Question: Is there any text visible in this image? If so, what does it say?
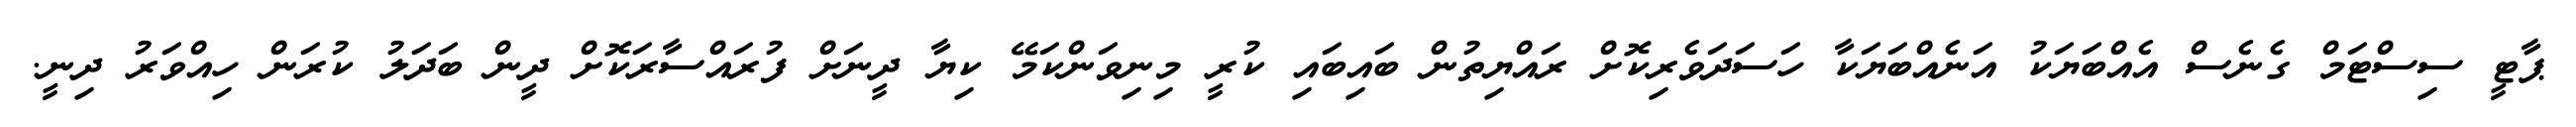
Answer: ޕާޓީ ސިސްޓަމް ގެނެސް އެއްބަޔަކު އަނެއްބަޔަކާ ހަސަދަވެރިކޮށް ރައްޔިތުން ބައިބައި ކުރީ މިނިވަންކަމޭ ކިޔާ ދީނަށް ފުރައްސާރަކޮށް ދީން ބަދަލު ކުރަން ހިއްވަރު ދިނީ.